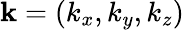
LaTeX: {\mathbf k}=(k_{x},k_{y},k_{z})